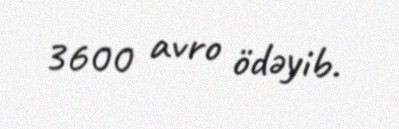
3600 avro ödəyib.